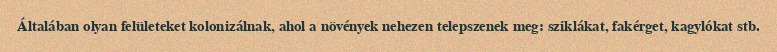
Általában olyan felületeket kolonizálnak, ahol a növények nehezen telepszenek meg: sziklákat, fakérget, kagylókat stb.